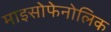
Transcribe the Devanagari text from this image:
माइसोफेनोलिक